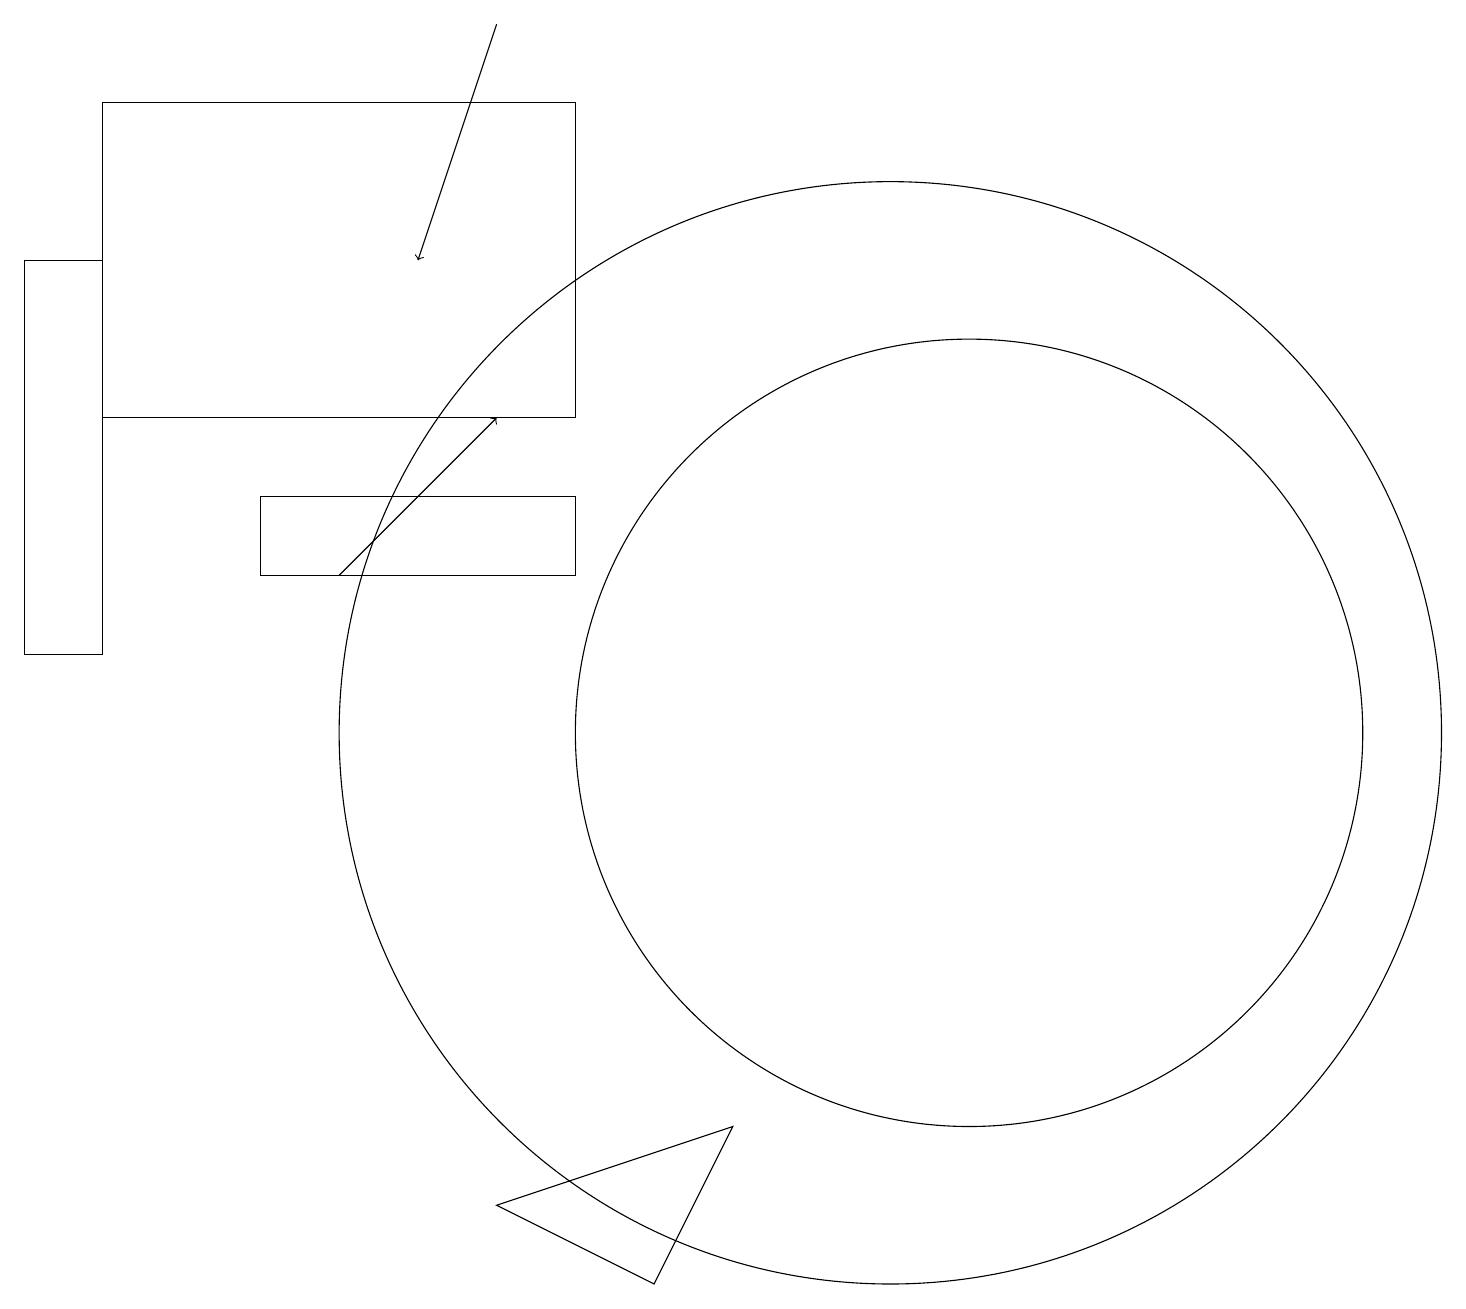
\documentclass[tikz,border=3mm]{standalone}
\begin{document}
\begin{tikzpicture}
\draw (11,10) circle (7);
\draw (9,5) -- (6,4) -- (8,3) -- cycle;
\draw (3,13) rectangle (7,12);
\draw[->] (6,19) -- (5,16);
\draw (12,10) circle (5);
\draw[->] (4,12) -- (6,14);
\draw (7,18) rectangle (1,14);
\draw (1,16) rectangle (0,11);
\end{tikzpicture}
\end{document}